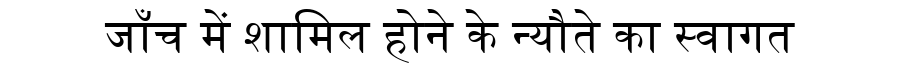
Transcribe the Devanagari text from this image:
जाँच में शामिल होने के न्यौते का स्वागत